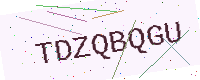
Text: TDZQBQGU